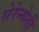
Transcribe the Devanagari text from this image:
सेरेन्गेती